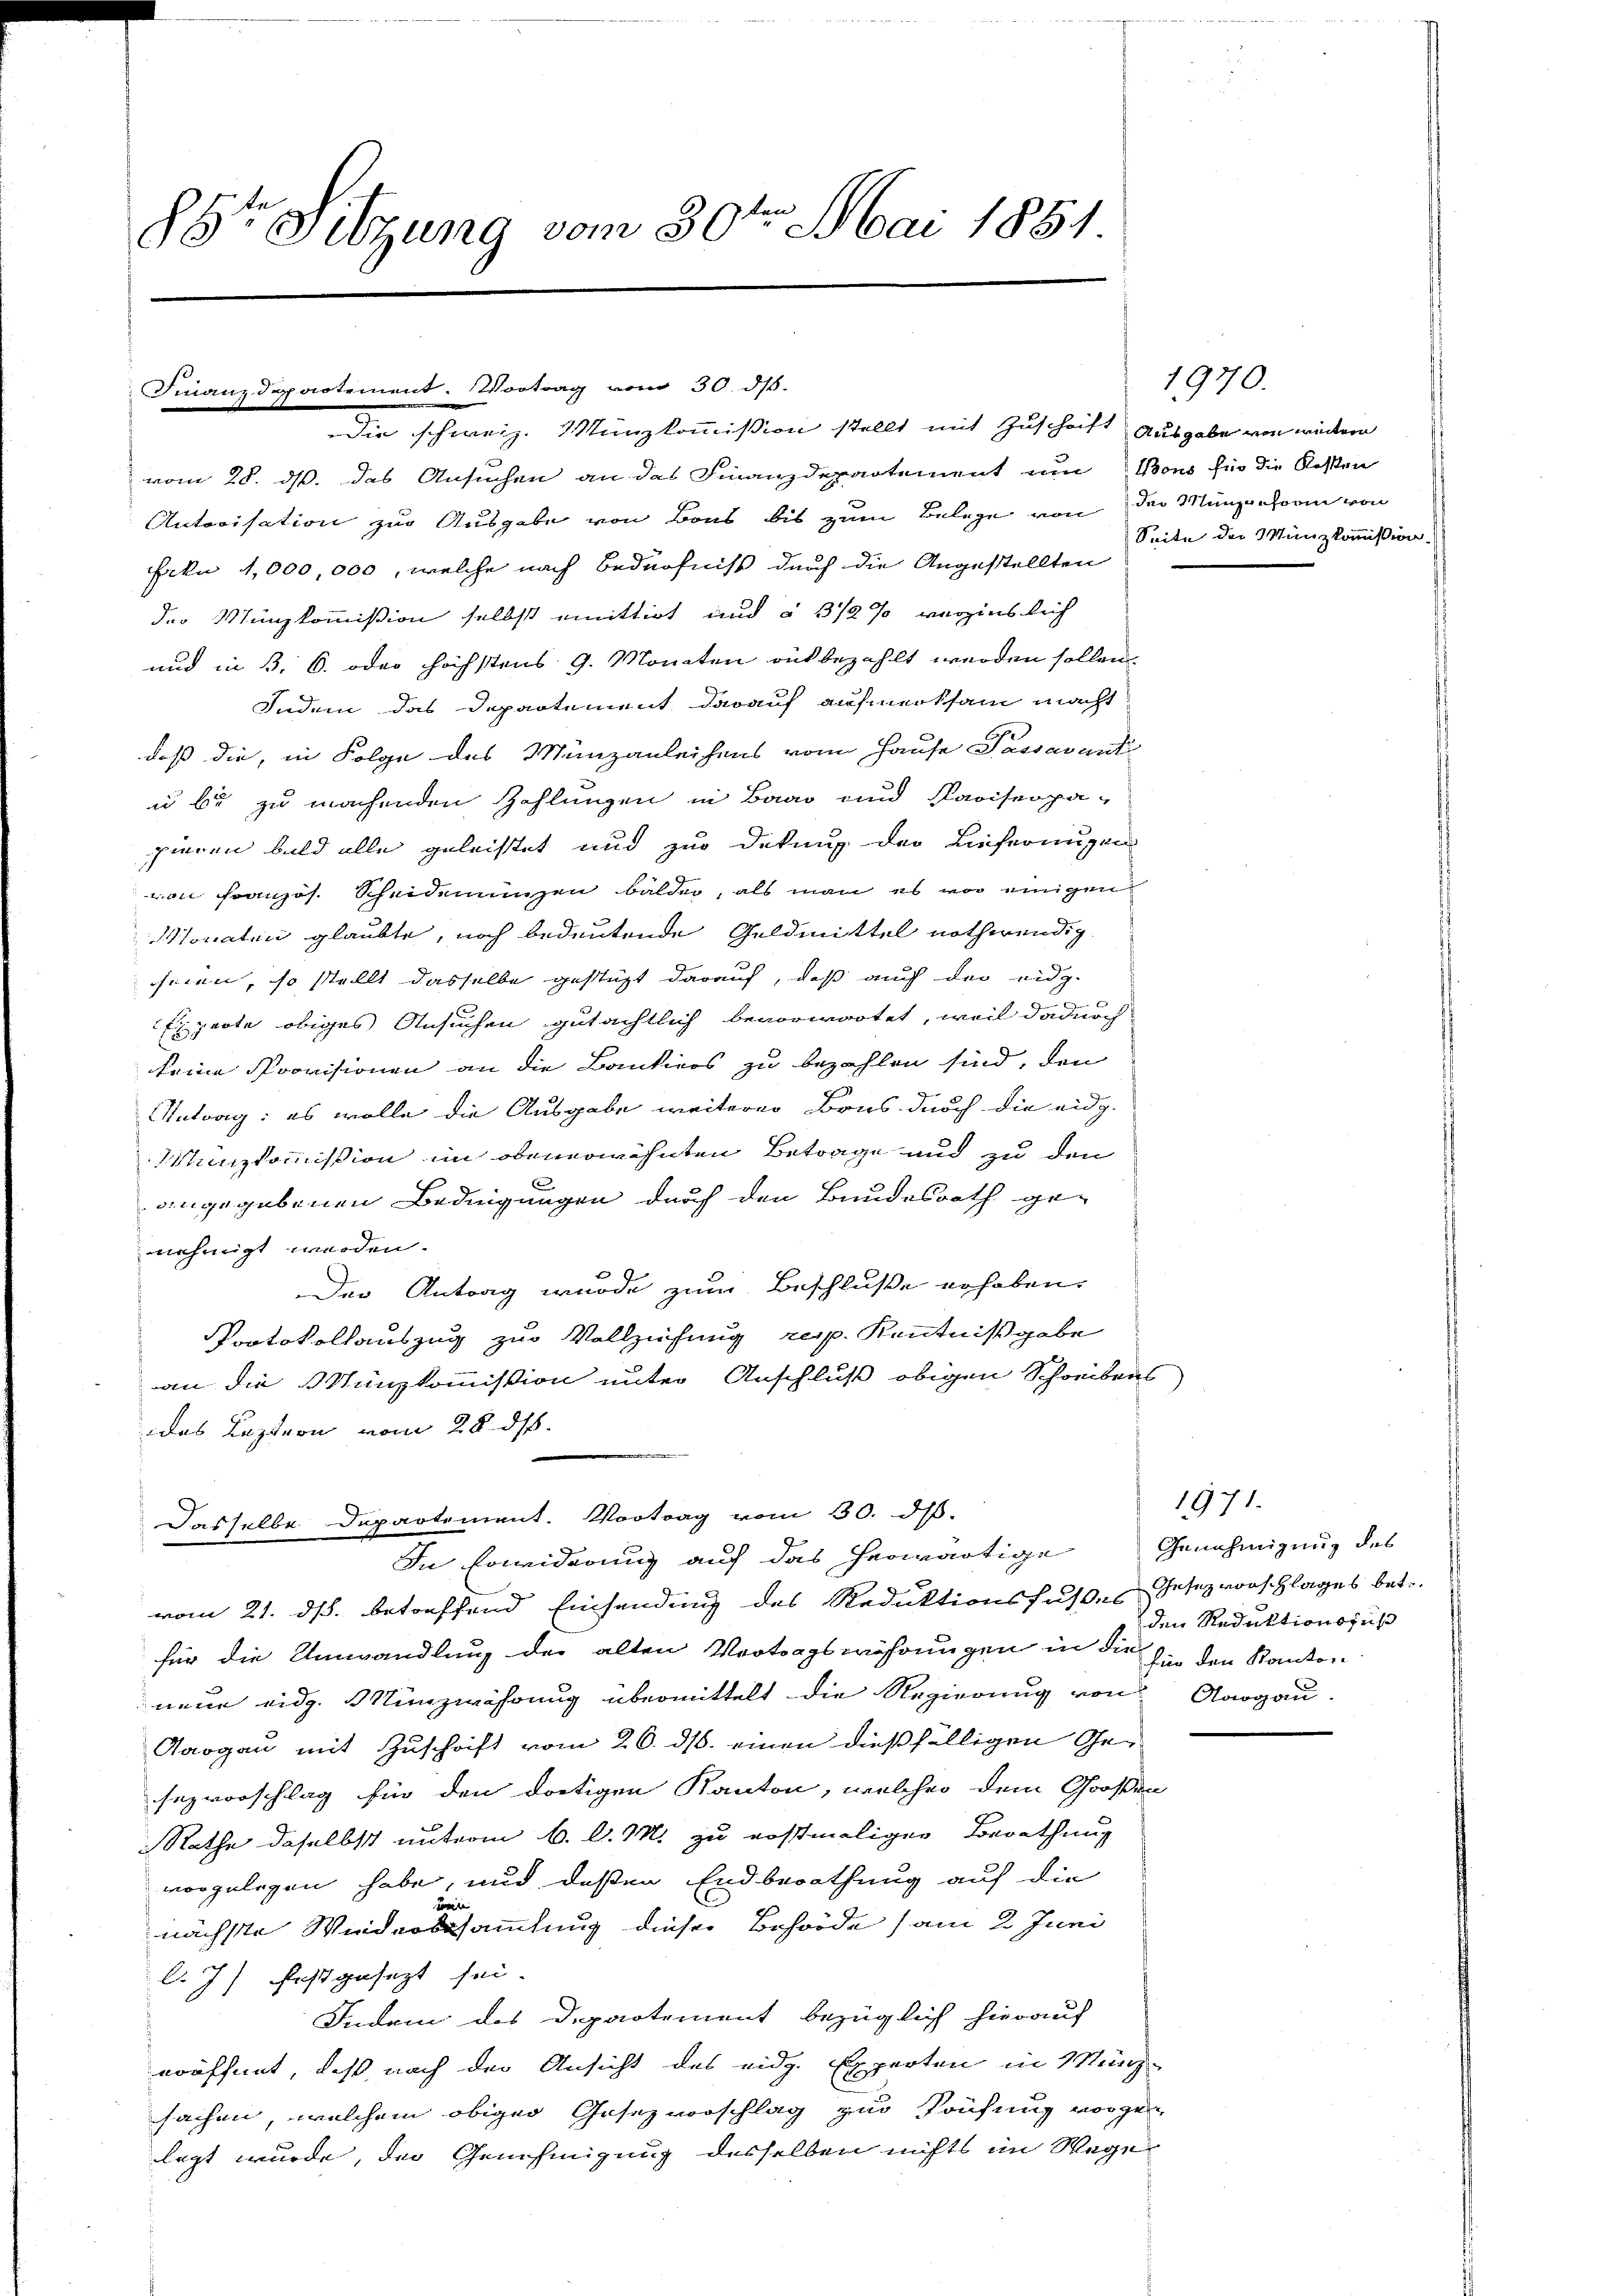
85r Sitzung vom 30te͇n Mai 1854.

Finanzdepartement. Vortrag vom 30. dß.

vom 28. ds. das Ansuchen an das Finanzdepartement um Bons für die Kosten
Autorisation zur Ausgabe von Bons bis zum Belege von der Münzenform von
Frkn 1,000,000, welche nach Bedürfniß durch die Angestellten
der Münzkommißion selbst emittirt und § 372 % verzinslich
und in 3. 6. oder höchstens 9. Monaten rükbezahlt werden sollen.
Indem das Departement darauf aufmerksam macht
daß die, in Folge des Münzanleihens vom Hause Passavant
u bis zu machenden Zahlungen in Baad und Ravisenpa-
pieren bald alle geleistet und zur Dekung der Lieferungen
von Französ. Scheidemünzen balden, als man es vor einigen
Monaten glaubte, noch bedeutende Geldmittel nothwendig.
seien, so stellt dasselbe gestüzt darauf, daß auch der eidg.
Erperte obiges Ansuchen gutächtlich bevorwartet, weil dadurch
keine Provisionen an die Bantiers zu bezahlen sind, den
d
Antrag: es wolle die Ausgabe weiterer Brus durch die eidg.
Münzkommission im obenerwähnten Betrage und zu den
angegebenen Bedingungen durch den Bundesrath ge-
nehmigt werden.
Der Antrag wurde zum Beschluße erhoben.
Protokollauszug zur Vollziehung resp. Kenntnißgabe
an die Münzkommission unter Anschluß obigen Schreibens
das Leztern vom 28. ds.
Dasselbe Departement. Vortrag vom 30. d.
In Erwiderung auf das herwärtige Genehmigung des
vom 21. ds. betreffend Einsendung des Reduktionsfußes Gesez vorschlages betr.
für die Umwandlung der alten Vertragswährungen in die für den Kanton
neue eidg. Münzwährung übermittelt die Regierung von Aargau.
Aargau mit Zuschrift vom 26. ds. einen dießfälligen Gesezvorschlag hin den dortigen Kanton, welcher dem Großen
Rathe daselbst unterm 6. d. M. zu erstmaligen Berathung
vorgelegen habe, und deßen Endberathung auf die
w
nächste Widerssammlung dieser Behörde am 2. Juni
lJ) festgesezt sei.
Indem des Departement bezüglich hierauf
eröffnet, daß nach der Ansicht des eidg. Experten in Münz-
sachen, welchem obiger Gesezvorschlag zur Prüfung vorgen
legt wurde, der Genehmigung desselben nichts im Wege

Die schweiz. Münzkommission stellt mit Zuschrift ausgabe von widern

1970.
Seite der Münzkommission.

1971.
den Reduktionsfuß